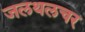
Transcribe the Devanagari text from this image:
जलथलचर